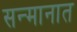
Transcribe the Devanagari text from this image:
सन्मानात